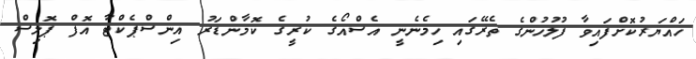
ހައްޔަރުކޮށްފައިވާ ފުލުހުންގެ ތެރޭގައި ހިމެނެނީ އެސްއޯގެ ކުރީގެ ކޮމާންޑަރު އިންސްޕެކްޓާ އޮފް ޕޮލިސް